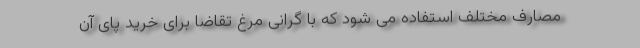
مصارف مختلف استفاده می شود که با گرانی مرغ تقاضا برای خرید پای آن